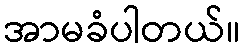
အာမခံပါတယ်။